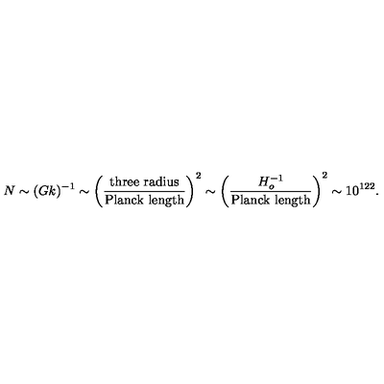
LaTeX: N \sim ( G k ) ^ { - 1 } \sim \left( { \frac { \mathrm { t h r e e \ r a d i u s } } { \mathrm { P l a n c k \ l e n g t h } } } \right) ^ { 2 } \sim \left( { \frac { H _ { o } ^ { - 1 } } { \mathrm { P l a n c k \ l e n g t h } } } \right) ^ { 2 } \sim 1 0 ^ { 1 2 2 } .